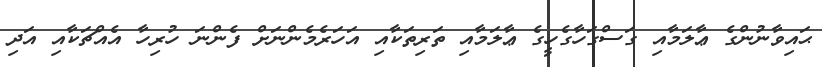
ޙައިވާނުންގެ ޢާލަމާއި ގަސްގަހާގެހީގެ ޢާލަމާއި ތަރިތަކާއި އަހަރެމެންނަށް ފެންނަ ހުރިހާ އެއްޗަކާއި އަދި